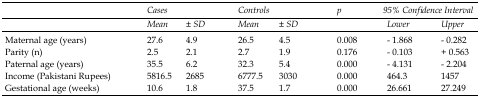
| <ROWSPAN=2>  | <COLSPAN=2> Cases | <COLSPAN=2> Controls | <ROWSPAN=2> p | <COLSPAN=2> 95% Confidence Interval |
 | Mean | ± SD | Mean | ± SD | Lower | Upper |
 | --- | --- | --- | --- | --- | --- | --- | --- |
 | Maternal age (years) | 27.6 | 4.9 | 26.5 | 4.5 | 0.008 | - 1.868 | - 0.282 |
 | Parity (n) | 2.5 | 2.1 | 2.7 | 1.9 | 0.176 | - 0.103 | + 0.563 |
 | Paternal age (years) | 35.5 | 6.2 | 32.3 | 5.4 | 0.000 | - 4.131 | - 2.204 |
 | Income (Pakistani Rupees) | 5816.5 | 2685 | 6777.5 | 3030 | 0.000 | 464.3 | 1457 |
 | Gestational age (weeks) | 10.6 | 1.8 | 37.5 | 1.7 | 0.000 | 26.661 | 27.249 |